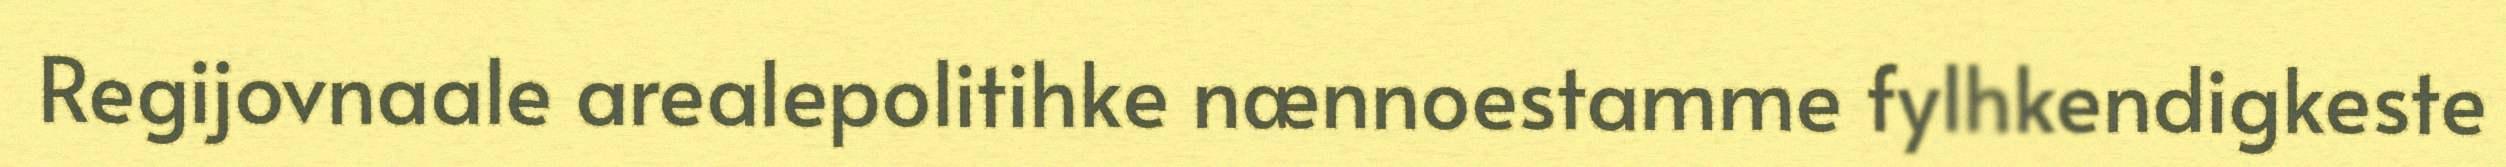
Regijovnaale arealepolitihke nænnoestamme fylhkendigkeste